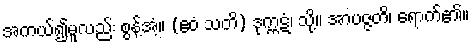
အကယ်၍မူလည်း စွန့်အံ့။ (ဧဝံ သတိ) ဒုက္ကဋံ၊ သို့။ အာပဇ္ဇတိ၊ ရောက်၏။